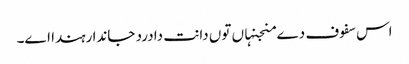
اس سفوف دے منجنہاں تو‏ں دانت دا درد جاندا رہندا ا‏‏ے۔